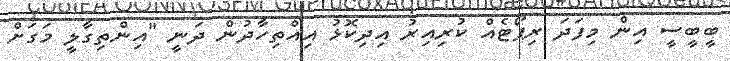
ބީބީސީ އިން މިފަދަ ރިޕޯޓެއް ކުރިއިރު އިދިކޮޅު އިއްތިހާދުން ދަނީ "އިންތިގާލީ މަގަށް